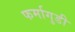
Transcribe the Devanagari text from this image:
फर्मागुडी